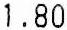
1.80